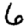
Digit: 6